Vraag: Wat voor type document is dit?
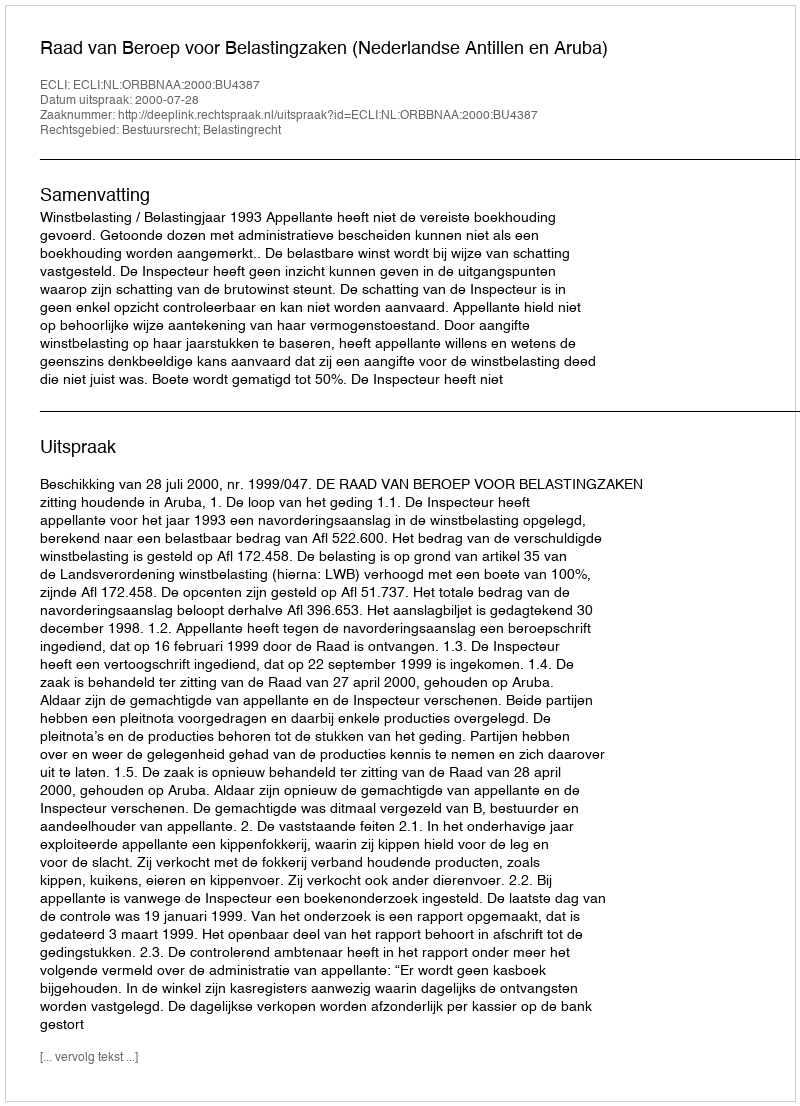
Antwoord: Uitspraak